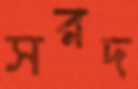
সরদ